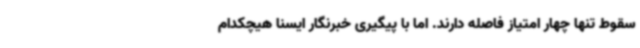
سقوط تنها چهار امتیاز فاصله دارند. اما با پیگیری خبرنگار ایسنا هیچکدام